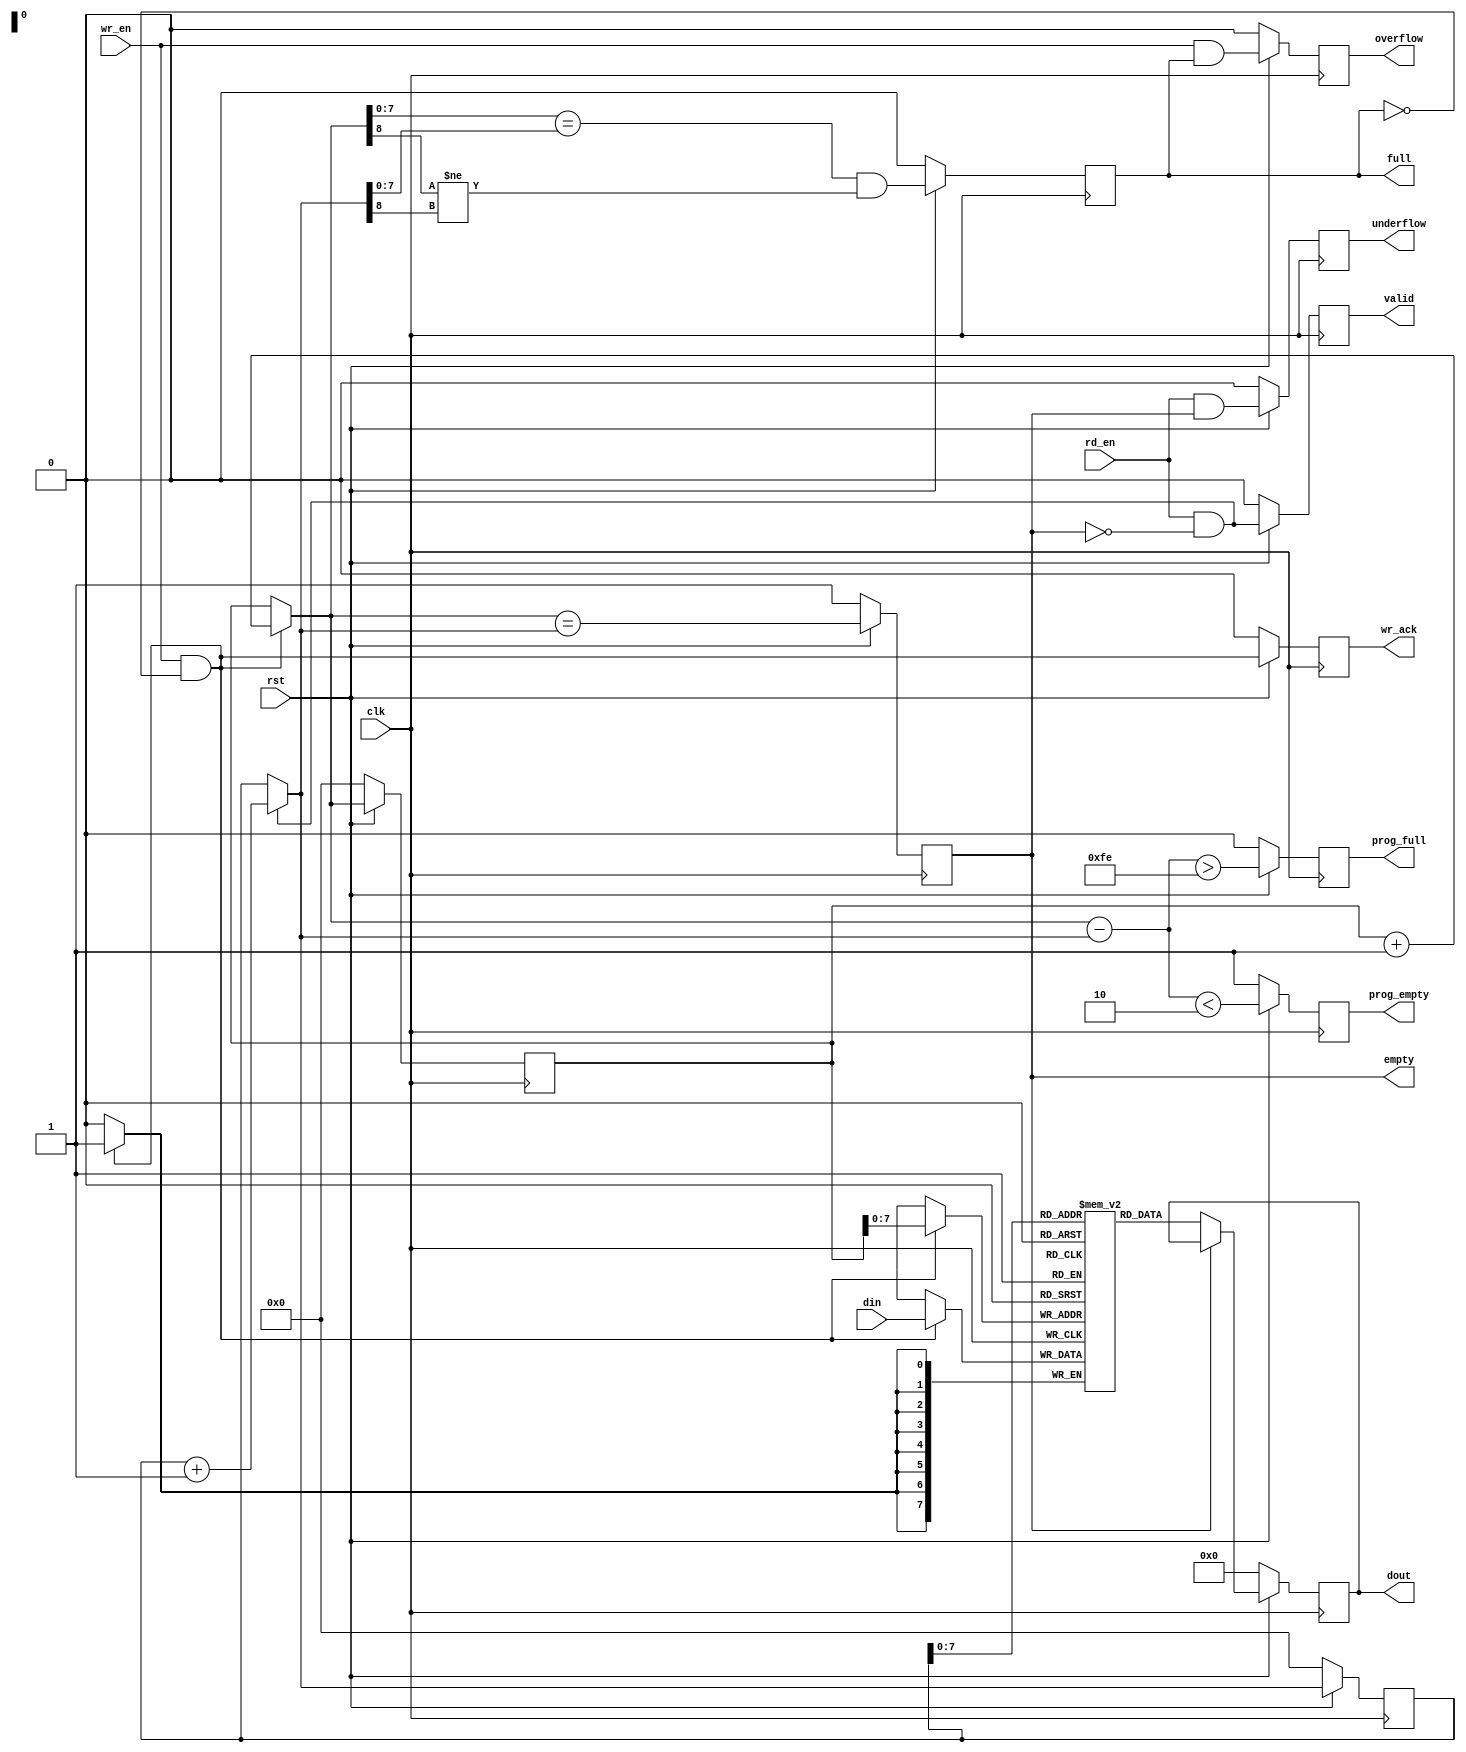
module xfifo_sc (
	clk,
	rst,
	din,
	wr_en,
	full,
	wr_ack,
	overflow,
	prog_full,
	dout,
	rd_en,
	empty,
	valid,
	underflow,
	prog_empty
        );

  parameter [8:0]dta_width=9'd8;      /* Data bus width */
  parameter [8:0]addr_width=9'd8;     /* Address bus width, determines fifo size by evaluating 2^addr_width */
  parameter [8:0]prog_thresh=9'd1;    /* Programmable threshold constant for prog_empty and prog_full */
  
  input          clk;
  input          rst;         /* low active sync master reset */
  /* read port */
  output reg [dta_width-1:0]dout; /* data output */
  input          rd_en;       /* read enable */
  output reg     empty;       /* asserted if fifo is empty; no additional reads can be performed */
  output reg     valid;       /* valid (read acknowledge): indicates rd_en was asserted during previous clock cycle and data was succesfully read from fifo and placed on dout */
  output reg     underflow;   /* underflow (read error): indicates rd_en was asserted during previous clock cycle but no data was read from fifo because fifo was empty */
  output reg     prog_empty;  /* indicates the fifo has prog_thresh entries, or less. threshold for asserting prog_empty is prog_thresh */
  /* write port */
  input  [dta_width-1:0]din;  /* data input */
  input          wr_en;       /* write enable */
  output reg     full;        /* asserted if fifo is full; no additional writes can be performed */
  output reg     overflow;    /* overflow (write error): indicates wr_en was asserted during previous clock cycle but no data was written to fifo because fifo was full */
  output reg     wr_ack;      /* write acknowledge: indicates wr_en was asserted during previous clock cycle and data was succesfully written to fifo */
  output reg     prog_full;   /* indicates the fifo has prog_thresh free entries, or less, left. threshold for asserting prog_full is 2^addr_width - prog_thresh */

  /* Writing when the fifo is full, or reading while the fifo is empty, does not destroy the contents of the fifo. */

  /*
   * read and write addresses 
   */

  reg  [addr_width:0]wr_addr;
  reg  [addr_width:0]rd_addr;
  reg  [addr_width:0]next_wr_addr;
  reg  [addr_width:0]next_rd_addr;

  always @*
    if (wr_en && ~full) next_wr_addr = wr_addr + 1'b1;
    else next_wr_addr = wr_addr;

  always @*
    if (rd_en && ~empty) next_rd_addr = rd_addr + 1'b1;
    else next_rd_addr = rd_addr;

  always @(posedge clk)
    if (~rst) wr_addr <= 1'b0;
    else wr_addr <= next_wr_addr;

  always @(posedge clk)
    if (~rst) rd_addr <= 1'b0;
    else rd_addr <= next_rd_addr;

  /*
   * empty and full
   */

  always @(posedge clk)
    if (~rst) empty <= 1'b1;
    else empty <= (next_wr_addr == next_rd_addr);

  always @(posedge clk)
    if (~rst) full <= 1'b0;
    else full <= (next_wr_addr[addr_width-1:0] == next_rd_addr[addr_width-1:0]) && (next_wr_addr[addr_width] != next_rd_addr[addr_width]);

  /*
   * valid and wr_ack
   */

  always @(posedge clk)
    if (~rst) valid <= 1'b0;
    else valid <= rd_en && ~empty;

  always @(posedge clk)
    if (~rst) wr_ack <= 1'b0;
    else wr_ack <= wr_en && ~full;

  /*
   * underflow and overflow
   */

  always @(posedge clk)
    if (~rst) underflow <= 1'b0;
    else underflow <= rd_en && empty;

  always @(posedge clk)
    if (~rst) overflow <= 1'b0;
    else overflow <= wr_en && full;

  /*
   * prog_empty and prog_full
   */

  wire [addr_width:0]next_count = next_wr_addr - next_rd_addr;
  wire [addr_width:0]lower_threshold = prog_thresh + 1'b1;
  wire [addr_width:0]max_count = 1'b1 << addr_width;
  wire [addr_width:0]upper_threshold = max_count - lower_threshold;

  always @(posedge clk)
    if (~rst) prog_empty <= 1'b1;
    else prog_empty <= (next_count < lower_threshold);

  always @(posedge clk)
    if (~rst) prog_full <= 1'b0;
    else prog_full <= (next_count > upper_threshold);

  /*
   * dual-port ram w/registered output
   */

  reg    [dta_width-1:0]ram[(1 << addr_width)-1:0];

  always @(posedge clk)
    if (~rst) dout <= 0;
    else if (~empty) dout <= ram[rd_addr[addr_width-1:0]];
    else dout <= dout;

  always @(posedge clk)
    if (wr_en && ~full) ram[wr_addr[addr_width-1:0]] <= din;

endmodule